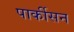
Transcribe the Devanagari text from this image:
पार्कीसन